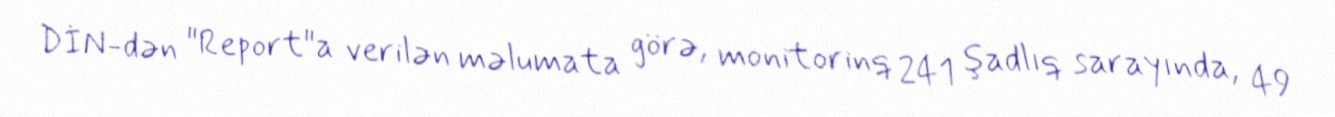
DİN-dən "Report"a verilən məlumata görə, monitorinq 241 şadlıq sarayında, 49